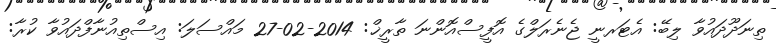
ތިނަދޫދައުވާ ލިބޭ: އެޓަރނީ ޖެނެރަލްގެ އޮފީސްއޮންނަ ތާރީޚް: 2014-02-27 މައްސަލަ: އިސްތިއުނާފްދައުވާ ކުރާ: